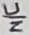
Text: N/C